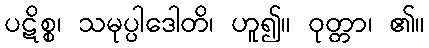
ပဋိစ္စ၊ သမုပ္ပါဒေါတိ၊ ဟူ၍။ ဝုတ္တာ၊ ၏။